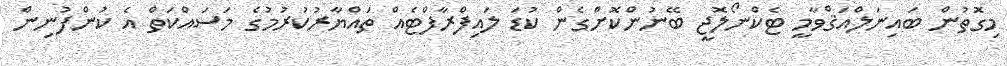
މިގޮތުން ބައިނަލްއަޤްވާމީ ޓެކްނޯލޮޖީ ބޭނުންކޮށްގެން ކުޑަ ލައިފްރާފްޓެއް ތައްޔާރުކުރުމުގެ މަސައްކަތް އެ ކުންފުނިން